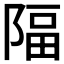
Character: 𨺤